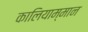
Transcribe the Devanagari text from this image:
कालियाम्मान